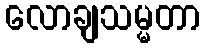
လောချသမ္မတာ